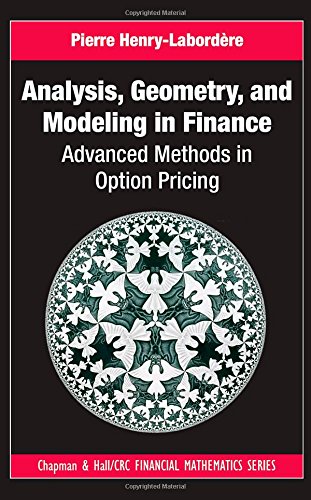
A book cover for Analysis, Geometry, and Modeling in Finance: Advanced Methods in Option Pricing (Chapman and Hall/CRC Financial Mathematics Series); Pierre Henry-LabordÃ¨re; Business & Money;